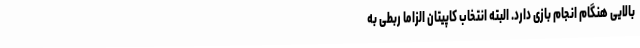
بالایی هنگام انجام بازی دارد. البته انتخاب کاپیتان الزاما ربطی به